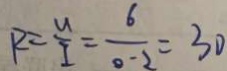
R = \frac { U } { I } = \frac { 6 } { 0 . 2 } = 3 0